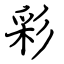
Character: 彩